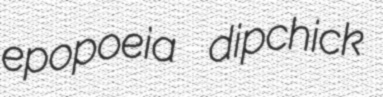
epopoeia dipchick